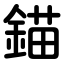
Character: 錨